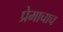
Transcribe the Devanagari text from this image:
प्रेमाचाच